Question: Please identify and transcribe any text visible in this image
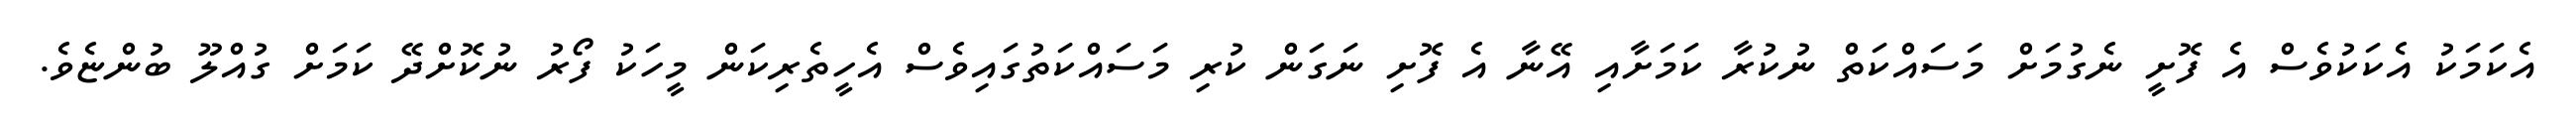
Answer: އެކަމަކު އެކަކުވެސް އެ ފޮށީ ނެގުމަށް މަސައްކަތް ނުކުރާ ކަމަށާއި އޭނާ އެ ފޮށި ނަގަން ކުރި މަސައްކަތުގައިވެސް އެހީތެރިކަން މީހަކު ފޯރު ނުކޮށްދޭ ކަމަށް ގުއްލޫ ބުންޏެވެ.